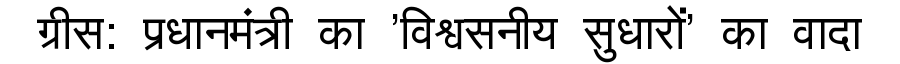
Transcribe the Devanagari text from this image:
ग्रीस: प्रधानमंत्री का 'विश्वसनीय सुधारों' का वादा